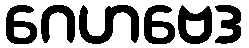
ဂေဟဗေဒ